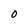
Character: 0